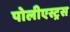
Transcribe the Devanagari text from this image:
पोलीएस्ट्रस